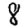
Digit: 8